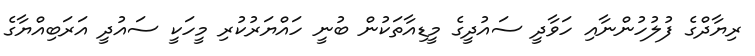
ރިޔާދްގެ ފުލުހުންނާއި ހަވާދީ ސައުދީގެ މީޑިއާތަކުން ބުނީ ހައްޔަރުކުރި މީހަކީ ސައުދީ އަރަބިއްޔާގެ